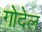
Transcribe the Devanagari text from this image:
गोदेल